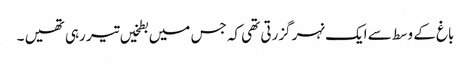
باغ کے وسط سے ایک نہر گزرتی تھی کہ جس میں بطخیں تیر رہی تھیں ۔